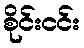
စိုင်းငင်း